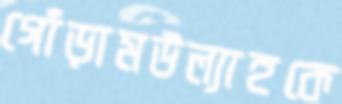
গোঁড়ামউল্যাহকে